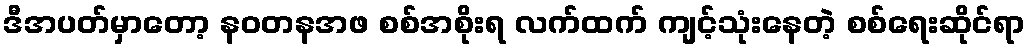
ဒီအပတ်မှာတော့ နဝတနအဖ စစ်အစိုးရ လက်ထက် ကျင့်သုံးနေတဲ့ စစ်ရေးဆိုင်ရာ